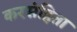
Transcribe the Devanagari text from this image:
करसंहिता